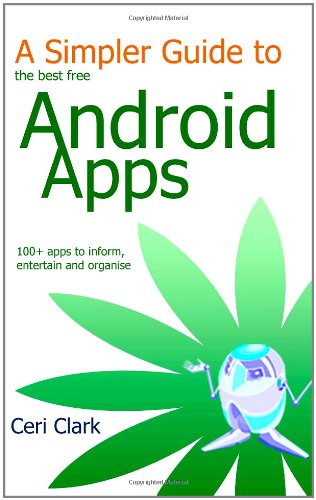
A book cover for A Simpler Guide to the best free Android Apps: 100+ apps to inform, entertain and organise; Ceri Clark; Computers & Technology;